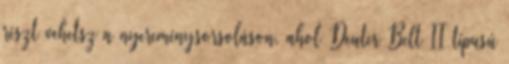
részt vehetsz a nyereménysorsoláson, ahol Deuter Belt II típusú